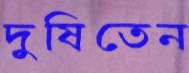
দুষিতেন